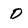
Character: D